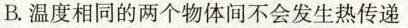
B.温度相同的两个物体间不会发生热传递